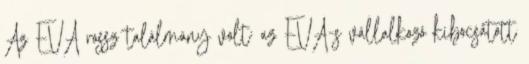
Az EVA rossz találmány volt: az EVA-s vállalkozó kibocsátott